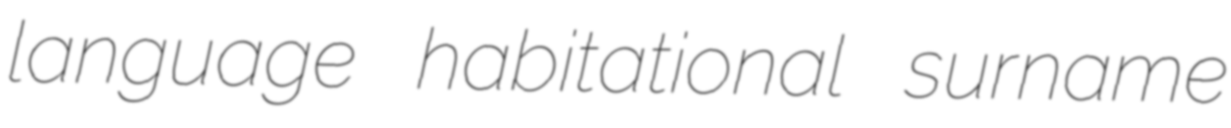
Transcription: language habitational surname